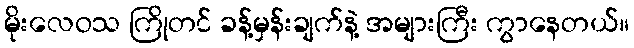
မိုးလေဝသ ကြိုတင် ခန့်မှန်းချက်နဲ့ အများကြီး ကွာနေတယ်။